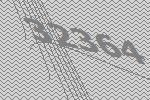
32364